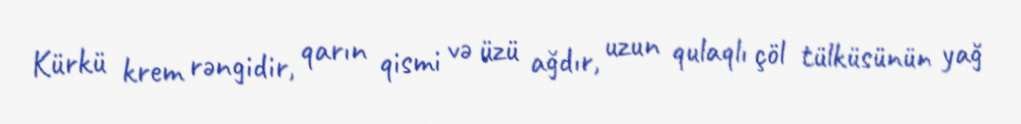
Kürkü krem rəngidir, qarın qismi və üzü ağdır, uzun qulaqlı çöl tülküsünün yağ